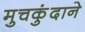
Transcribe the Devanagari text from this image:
मुचकुंदाने